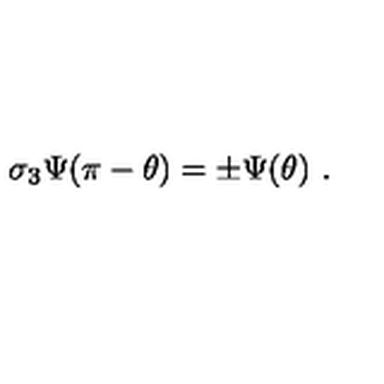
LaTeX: \sigma _ { 3 } \Psi ( \pi - \theta ) = \pm \Psi ( \theta ) \ .